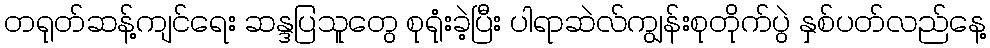
တရုတ်ဆန့်ကျင်ရေး ဆန္ဒပြသူတွေ စုရုံးခဲ့ပြီး ပါရာဆဲလ်ကျွန်းစုတိုက်ပွဲ နှစ်ပတ်လည်နေ့